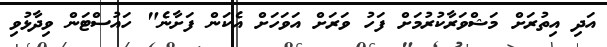
އަދި އިތުރަށް މަޝްވަރާކުރުމަށް ފަހު ވަރަށް އަވަހަށް އެކަން ފަށާނެ" ހައުސްޓަން ވިދާޅުވި